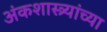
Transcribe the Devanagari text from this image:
अंकशास्त्र्यांच्या